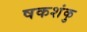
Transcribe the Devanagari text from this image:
षकशंकु